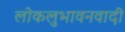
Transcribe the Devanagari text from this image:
लोकलुभावनवादी